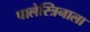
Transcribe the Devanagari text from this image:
पालेस्त्रिनाला